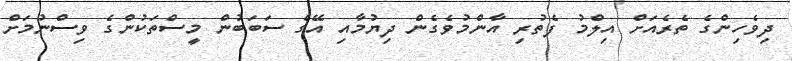
ދިވެހިންގެ ތެރެއަށް އިލްމު ފެތުރި އާންމުވެގެން ދިޔުމާއި އޭގެ ސަބަބުން މީސްތަކުންގެ ވިސްނުމަށް